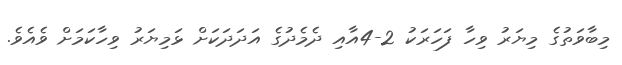
މިބާވަތުގެ މިޔަރު ވިހާ ފަހަރަކު 2-4އާއި ދެމެދުގެ އަދަދަކަށް ޅަމިޔަރު ވިހާކަމަށް ވެއެވެ.